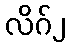
လိဂ်၂